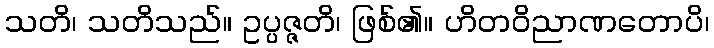
သတိ၊ သတိသည်။ ဥပ္ပဇ္ဇတိ၊ ဖြစ်၏။ ဟိတဝိညာဏတောပိ၊